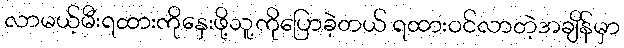
လာမယ့်မီးရထားကိုနှေးဖို့သူ့ကိုပြောခဲ့တယ် ရထားဝင်လာတဲ့အချိန်မှာ